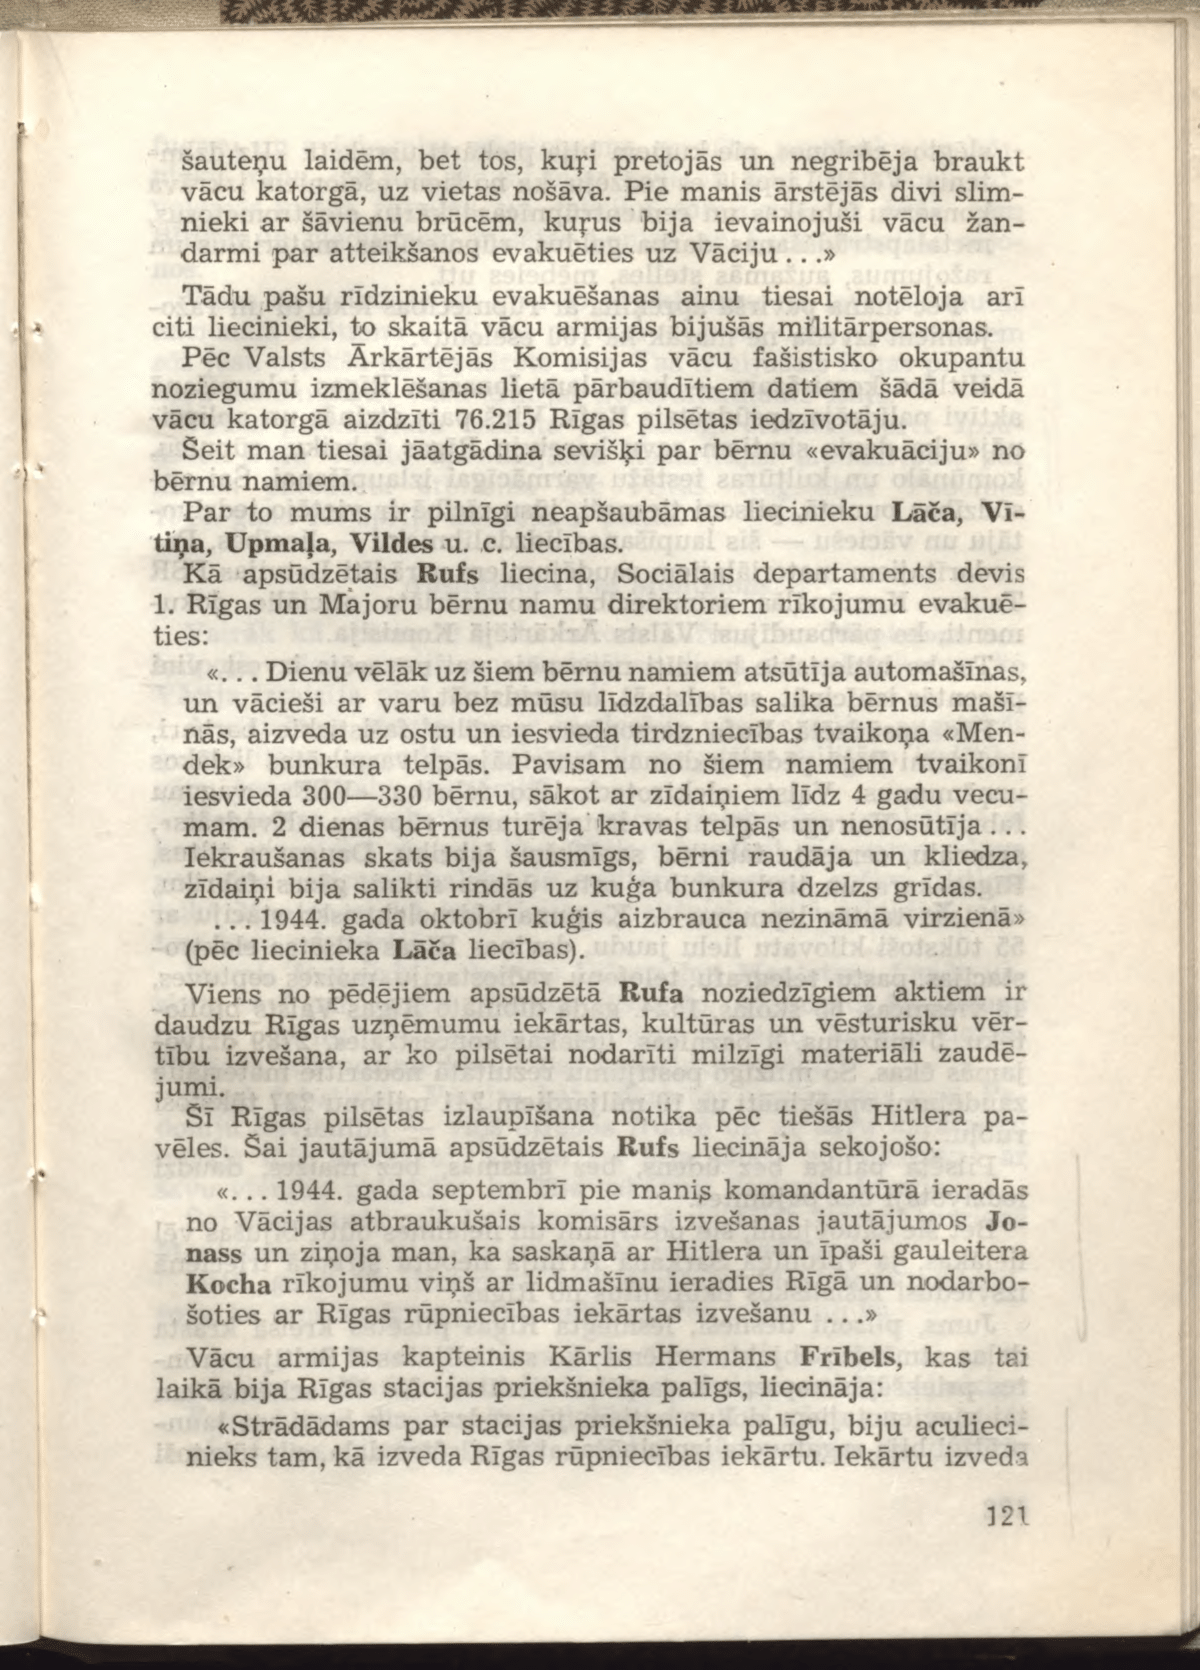
Language: lv